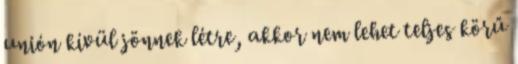
unión kívül jönnek létre, akkor nem lehet teljes körű